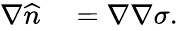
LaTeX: \begin{array}{rl}{\nabla\widehat{n}}&{{}=\nabla\nabla\sigma.}\end{array}